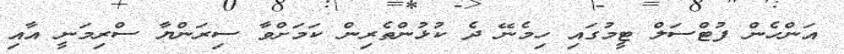
އަންހެން ފުޓްސަލް ޓީމުގައި ހިމެނޭ ދެ ކުޅުންތެރިން ކަމަށްވާ ސިރަންޔާ ސްރިމަނީ އާއި